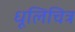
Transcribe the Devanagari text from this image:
धूलिचित्र